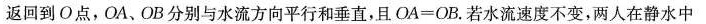
返回到О点，OA、OB分别与水流方向平行和垂直，且$$O A = O B$$。若水流速度不变，两人在静水中